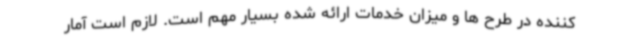
کننده در طرح ها و میزان خدمات ارائه شده بسیار مهم است. لازم است آمار